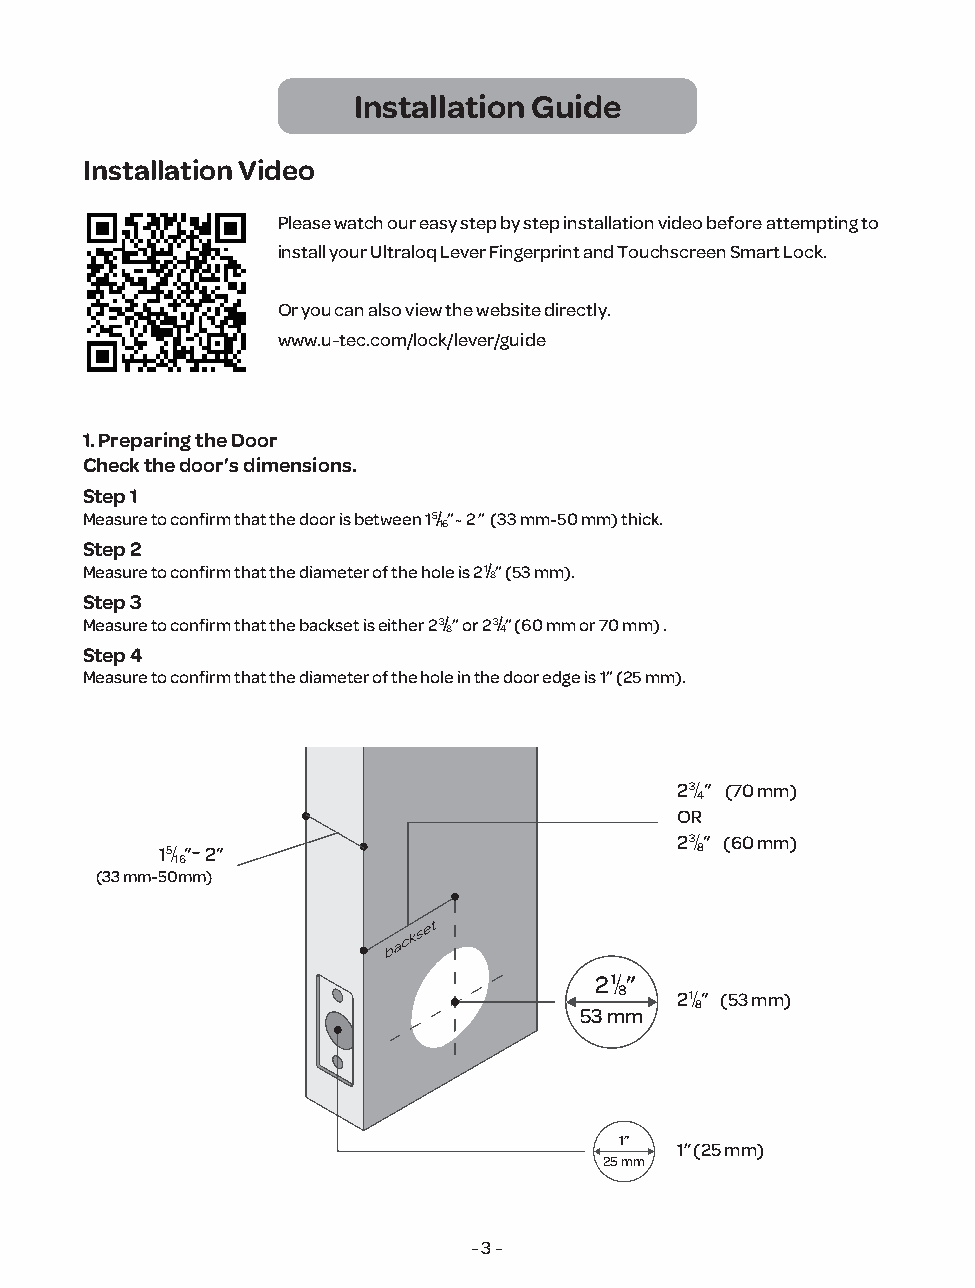
Installation Guide
 Installation Video
 Please watch our easy step by step installation video before attempting to
 install your Ultraloq Lever Fingerprint and Touchscreen Smart Lock.
 Or you can also view the website directly.
 www.u-tec.com/lock/lever/guide
 1. Preparing the Door
 Check the door’s dimensions.
 Step 1
 Measure to confirm that the door is between 15/”~ 2 ” (33 mm-50 mm) thick.
 16
 Step 2
 Measure to confirm that the diameter of the hole is 2 1/” (53 mm).
 8
 Step 3
 Measure to confirm that the backset is either 2 3/” or 2 3/” (60 mm or 70 mm) .
 8  4
 Step 4
 Measure to confirm that the diameter of the hole in the door edge is 1” (25 mm).
 2 3/” (((777000 mmmmmm)))
 4
 OR
 15/ ”- 2”                         2 3/ 8 ” (((666000 mmmmmm)))
 1 6
 (33 mm-50mm)
 2 1/”
 8   2 1/” (((555333 mmmmmm)))
 8
 53 mm
 1”
 1” (25 mm)
 25 mm
 - 3 -